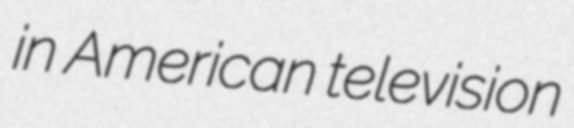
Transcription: in American television